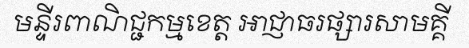
មន្ទីរពាណិជ្ជកម្មខេត្ត អាជ្ញាធរផ្សារសាមគ្គី